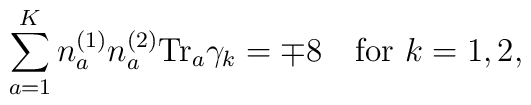
\sum_{a=1}^Kn_a^{(1)}n_a^{(2)}{\rm Tr}_a\gamma_k=\mp 8 \ \ \ {\rm for}\ k=1,2,